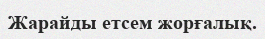
Жарайды етсем жорғалық.